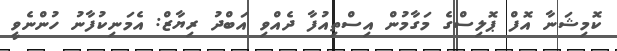
ކޮމިޝަނާ އޮފް ޕޮލިސްގެ މަގާމުން އިސްތިއުފާ ދެއްވި އަބްދު ރިޔާޒް: އެމަނިކުފާނު ހުންނެވީ